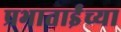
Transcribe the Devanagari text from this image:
प्रभाताईंच्या